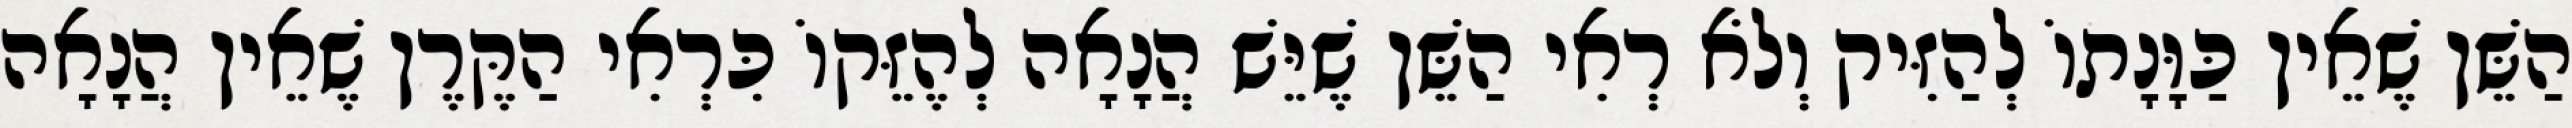
הַשֵּׁן שֶׁאֵין כַּוָּנָתוֹ לְהַזִּיק וְלֹא רְאִי הַשֵּׁן שֶׁיֵּשׁ הֲנָאָה לְהֶזֵּקוֹ כִּרְאִי הַקֶּרֶן שֶׁאֵין הֲנָאָה